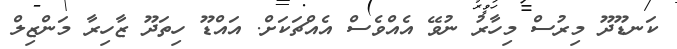
ކަނޑޫދޫ މިރުސް މިހާރު ނުވޭ އެއްވެސް އެއްޗަކަށް. އައްޑޫ ހިތަދޫ ޒާހިރާ މަންޒިލް